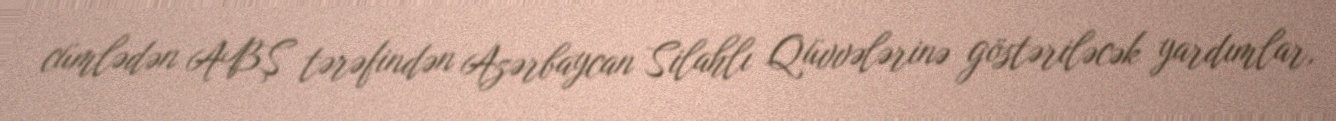
cümlədən ABŞ tərəfindən Azərbaycan Silahlı Qüvvələrinə göstəriləcək yardımlar,